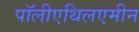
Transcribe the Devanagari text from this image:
पॉलीएथिलएमीन